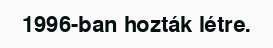
1996-ban hozták létre.